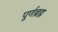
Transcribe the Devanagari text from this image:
पूर्णब्रह्म